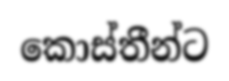
කොස්තීන්ට